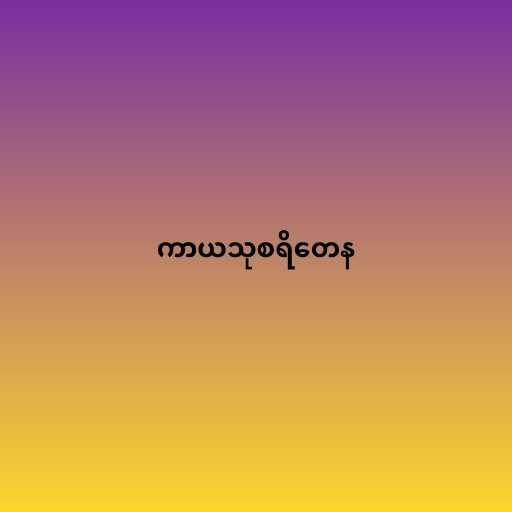
ကာယသုစရိတေန